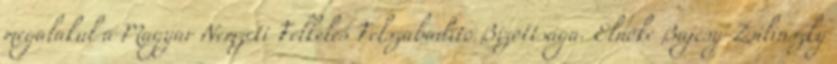
megalakul a Magyar Nemzeti Felkelés Felszabadító Bizottsága. Elnöke Bajcsy-Zsilinszky